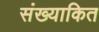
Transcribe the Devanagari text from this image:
संख्याकित